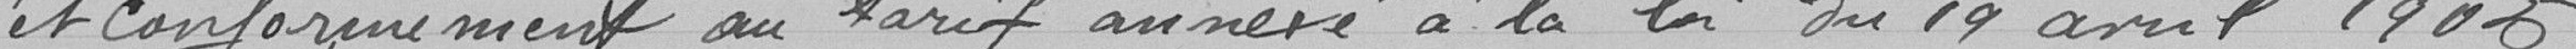
et conformément au tarif annexé à la loi du 19 avril 1906